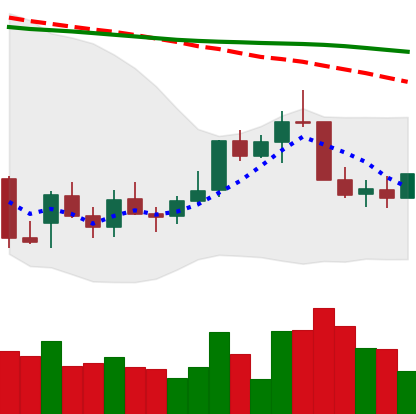
Ticker: LINK-USD
Chart end date: 2022-01-01
Forward return: 22.802%
Label: up_7plus